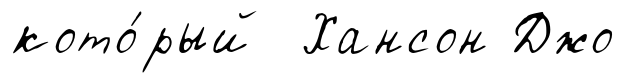
кото́рый Хансон Джо